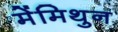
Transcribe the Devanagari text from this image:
मेंमिथुन